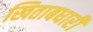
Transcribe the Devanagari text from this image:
खिताबधारी